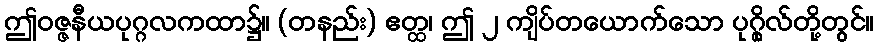
ဤဝဇ္ဇနီယပုဂ္ဂလကထာ၌။ (တနည်း) ဧတ္ထ၊ ဤ ၂ ကျိပ်တယောက်သော ပုဂ္ဂိုလ်တို့တွင်။